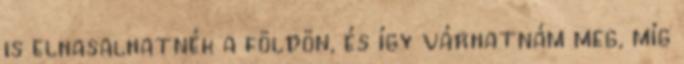
is elhasalhatnék a földön, és így várhatnám meg, míg